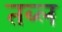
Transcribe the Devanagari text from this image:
तब्ल